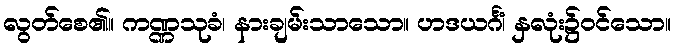
လွတ်စေ၏။ ကဏ္ဏသုခံ၊ နားချမ်းသာသော။ ဟဒယင်္ဂံ၊ နှလုံး၌ဝင်သော။